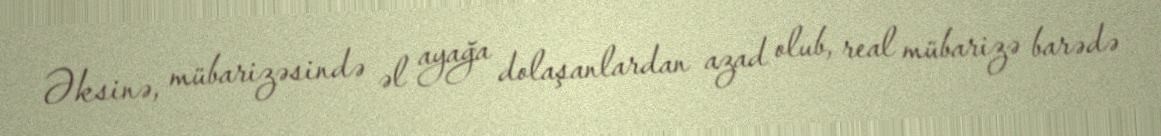
Əksinə, mübarizəsində əl ayağa dolaşanlardan azad olub, real mübarizə barədə